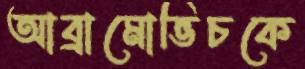
আব্রামোভিচকে